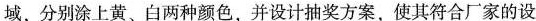
域，分别涂上黄、白两种颜色，并设计抽奖方案，使其符合厂家的设